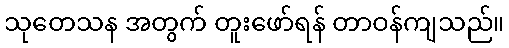
သုတေသန အတွက် တူးဖော်ရန် တာဝန်ကျသည်။